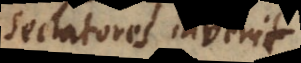
sectatores invenit.